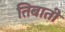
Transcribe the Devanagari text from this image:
तिबाती